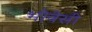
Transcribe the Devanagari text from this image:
भोवेसी